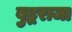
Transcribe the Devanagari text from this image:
बुद्धराजा